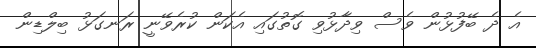
އެ ދެ ބޭފުޅުން ވެސް ވިދާޅުވި ގޮތުގައި އެކަން ކުރެވޭނީ ރަނގަޅު ބިލްޑިން